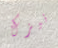
نيزك